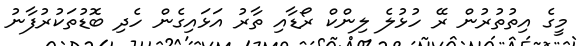
މީގެ އިތުތުރުން ރޭ ހުޅުލެ ލިންކް ރޯޑާއި ތާރު އަޅައިގެން ހެދި ބޮޑުތަކުރުފާނު